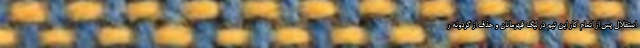
استقلال پس از اتمام کار این تیم در لیگ قهرمانان و حذف از گردونه ر